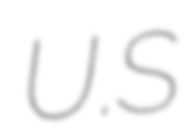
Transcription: U.S